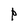
Character: p